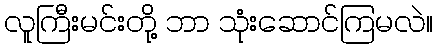
လူကြီးမင်းတို့ ဘာ သုံးဆောင်ကြမလဲ။